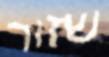
שזור